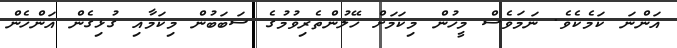
އަންނަ ކަމެކެވެ. ނަމަވެސް މީހުން މިކަމަށް ހޭލުންތެރިވުމުގެ ސަބަބުން މިކަމާއި ގުޅިގެން އަންހެން